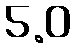
5.0